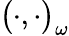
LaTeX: \big(\cdot,\cdot\big)_{\omega}